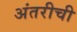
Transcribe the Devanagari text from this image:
अंतरीची